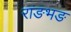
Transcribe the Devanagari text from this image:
राङभङ